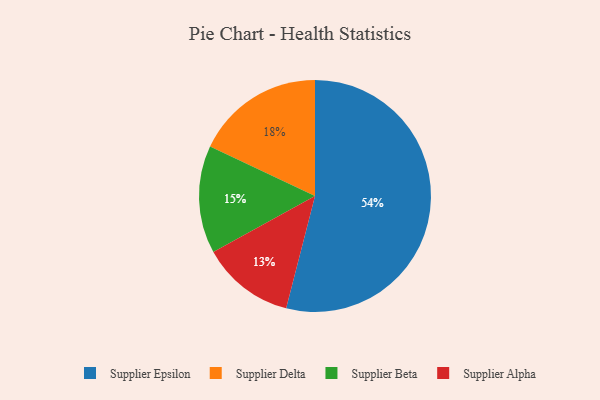
{"axis": {"x": "Category", "y": "Percentage"}, "legend": ["Supplier Alpha", "Supplier Beta", "Supplier Delta", "Supplier Epsilon"], "data": [{"x": "Supplier Delta", "y": 18, "type": "Supplier Delta"}, {"x": "Supplier Beta", "y": 15, "type": "Supplier Beta"}, {"x": "Supplier Epsilon", "y": 54, "type": "Supplier Epsilon"}, {"x": "Supplier Alpha", "y": 13, "type": "Supplier Alpha"}]}